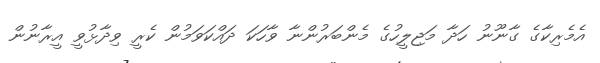
އެމެރިކާގެ ގާނޫނު ހަދާ މަޖިލީހުގެ މެންބަރުންނާ ވާހަކަ ދައްކަވަމުން ކެރީ ވިދާޅުވީ އީރާނުން